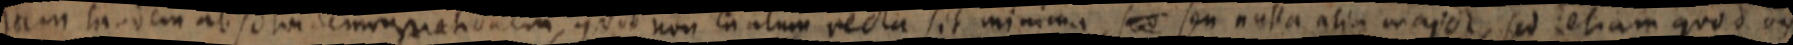
jam laodem absolvi demonstrationem, quod non tantum recta sit minima, sed seu nulla alia major, sed etiam quod _